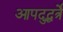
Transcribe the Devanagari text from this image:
आपदुद्धर्त्रे